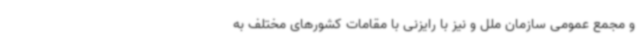
و مجمع عمومی سازمان ملل و نیز با رایزنی با مقامات کشورهای مختلف به